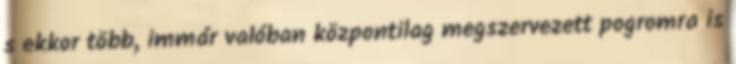
s ekkor több, immár valóban központilag megszervezett pogromra is